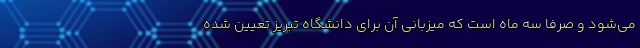
می‌شود و صرفاً سه ماه است که میزبانی آن برای دانشگاه تبریز تعیین شده